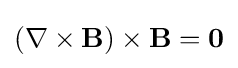
(\nabla \times \mathbf {B} )\times \mathbf {B} =\mathbf {0}